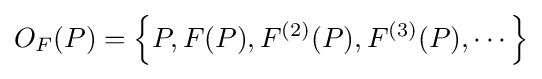
O_{F}(P)=\left\{P,F(P),F^{(2)}(P),F^{(3)}(P),\cdots \right\}